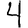
Digit: 4